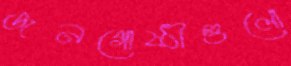
জনগোষ্ঠীগুলো